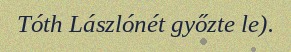
Tóth Lászlónét győzte le).